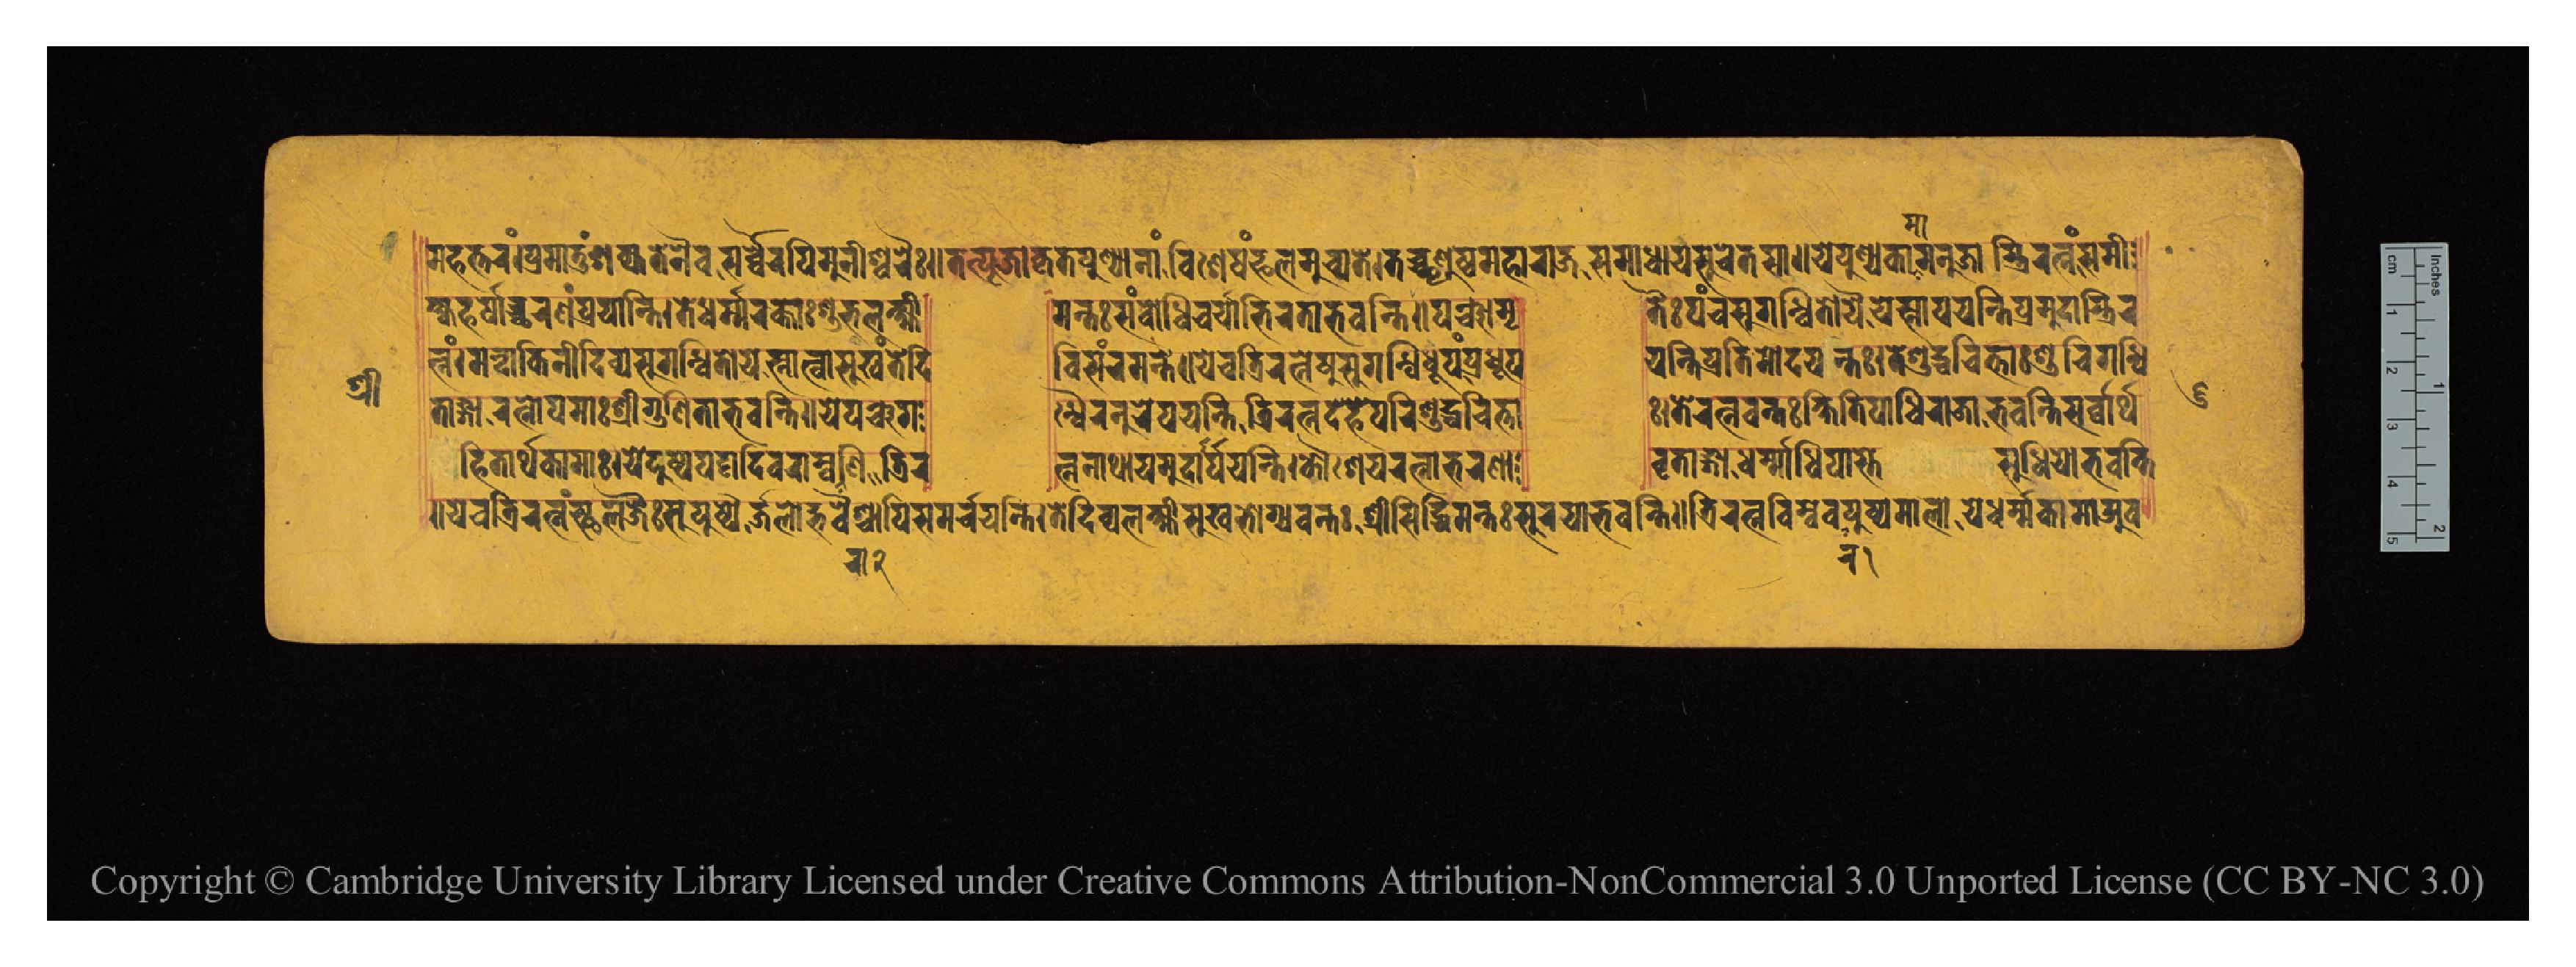
𑐱𑑂𑐬𑐷 𑐩𑐴𑐟𑑂𑐟𑐬𑑄𑑋𑐥𑑂𑐬𑐩𑐵𑐟𑐸𑑄𑐱𑐎𑑂𑐫𑐟𑐾𑐣𑐿𑐰𑐳𑐬𑑂𑐰𑑂𑐰𑐿𑐬𑐥𑐶𑐩𑐸𑐣𑐷𑐱𑑂𑐰𑐬𑐿𑑅𑑌𑐟𑐟𑑂𑐥𑐹𑐖𑐵𑐎𑐺𑐟𑐥𑐸𑐞𑑂𑐫𑐵𑐣𑐵𑑄𑐰𑐶𑐱𑐾𑐲𑑄𑐦𑐮𑐩𑐸𑐔𑑂𑐫𑐟𑐾𑑋𑐟𑐔𑑂𑐕𑐺𑐞𑐸𑐲𑑂𑐰𑐩𑐴𑐵𑐬𑐵𑐖𑐳𑐩𑐵𑐢𑐵𑐫𑐳𑐸𑐔𑐾𑐟𑐳𑐵𑑌𑐫𑐾𑐥𑐸𑐞𑑂𑐫𑐎𑐵𑐩𑐣𑐸𑐖𑐵𑐫𑐶𑐬𑐟𑑂𑐣𑑄𑐳𑐩𑐷 𑐎𑑂𑐲𑑂𑐫𑐴𑐬𑑂𑐲𑐵𑐔𑑂𑐕𑐬𑐞𑑄𑐥𑑂𑐬𑐫𑐵𑐣𑑂𑐟𑐶𑑋𑐟𑐾𑐢𑐬𑑂𑐩𑑂𑐩𑐬𑐎𑑂𑐟𑐵𑑅𑐱𑐸𑐨𑐮𑐎𑑂𑐲𑑂𑐩𑐷 𑐩𑐣𑑂𑐟𑑅𑐳𑐩𑑂𑐧𑑀𑐢𑐶𑐔𑐬𑑂𑐫𑐵𑐨𑐶𑐬𑐟𑐵𑐨𑐰𑐣𑑂𑐟𑐶𑑌𑐥𑐘𑑂𑐔𑐵𑐩𑐺 𑐟𑐿𑑅𑐥𑐘𑑂𑐔𑐳𑐸𑐐𑐣𑑂𑐢𑐶𑐟𑑀𑐫𑐿𑐬𑑂𑐫𑐾𑐳𑑂𑐣𑐵𑐥𑐫𑐣𑑂𑐟𑐶𑐥𑑂𑐬𑐩𑐸𑐡𑐵𑐟𑑂𑐬𑐶𑐬 𑐟𑑂𑐣𑑄𑑋𑐩𑐣𑑂𑐡𑐵𑐎𑐶𑐣𑐷𑐡𑐶𑐰𑑂𑐫𑐳𑐸𑐐𑐣𑑂𑐢𑐶𑐟𑑀𑐫𑐾𑐳𑑂𑐣𑐵𑐟𑑂𑐰𑐵𑐳𑐸𑐏𑑄𑐟𑐾𑐡𑐶 𑐰𑐶𑐳𑑄𑐬𑐩𑐣𑑂𑐟𑐾𑑌𑐫𑐾𑐔𑐟𑑂𑐬𑐶𑐬𑐟𑑂𑐣𑐾𑐲𑐸𑐳𑐸𑐐𑐣𑑂𑐢𑐶𑐢𑐹𑐥𑑄𑐥𑑂𑐬𑐢𑐸𑐥 𑐫𑐣𑑂𑐟𑐶𑐥𑑂𑐬𑐟𑐶𑐩𑑀𑐡𑐫𑐣𑑂𑐟𑑅𑑋𑐟𑐾𑐱𑐸𑐡𑑂𑐢𑐔𑐶𑐟𑐵𑑅𑐱𑐸𑐔𑐶𑐐𑐣𑑂𑐢𑐶 𑐟𑐵𑑄𑐐𑐵𑐬𑐟𑑂𑐣𑑀𑐥𑐩𑐵𑑅𑐱𑑂𑐬𑐷𑐃𑐐𑐸𑐞𑐶𑐟𑐵𑐨𑐰𑐣𑑂𑐟𑐶𑑌𑐫𑐾𑐥𑐘𑑂𑐔𑐐 𑐣𑑂𑐢𑐿𑐬𑐣𑐸𑐥𑐫𑐣𑑂𑐟𑐶𑐟𑑂𑐬𑐶𑐬𑐟𑑂𑐣𑐡𑐾𑐴𑐾𑐥𑐬𑐶𑐱𑐸𑐡𑑂𑐢𑐔𑐶𑐟𑑂𑐟𑐵 𑑅𑑋𑐟𑐾𑐬𑐟𑑂𑐣𑐰𑐣𑑂𑐟𑑅𑐎𑑂𑐲𑐶𑐟𑐶𑐥𑐵𑐢𑐶𑐬𑐵𑐖𑐵𑐨𑐰𑐣𑑂𑐟𑐶𑐳𑐬𑑂𑐰𑐵𑐬𑑂𑐠 𑑌𑐫𑐾𑐔𑐟𑑂𑐬𑐶𑐬𑐟𑑂𑐣𑐩𑑂𑐳𑑂𑐠𑐮𑐖𑐿𑑅𑐳𑐸𑐥𑐸𑐲𑑂𑐥𑐿𑐬𑑂𑐖𑐮𑑀𑐡𑑂𑐨𑐰𑐿𑐱𑑂𑐔𑐵𑐥𑐶𑐳𑐩𑐬𑑂𑐔𑐫𑐣𑑂𑐟𑐶𑑋𑐟𑐾𑐡𑐶𑐰𑑂𑐫𑐮𑐎𑑂𑐲𑑂𑐩𑐷𑐳𑐸𑐏𑐨𑑀𑐐𑑂𑐫𑐰𑐣𑑂𑐟𑑅𑐱𑑂𑐬𑐷𑐳𑐶𑐡𑑂𑐢𑐶𑐩𑐣𑑂𑐟𑑅𑐳𑐸𑐨𑐐𑐵𑐨𑐰𑐣𑑂𑐟𑐶𑑌𑐟𑑂𑐬𑐶𑐬𑐟𑑂𑐣𑐧𑐶𑐩𑑂𑐧𑐰𑐥𑐸𑐲𑑂𑐥𑐩𑐵𑐮𑐵𑐫𑐾𑐢𑐬𑑂𑐩𑑂𑐩𑐎𑐵𑐩𑐵𑐀𑐰 𑐴𑐶𑐟𑐵𑐬𑑂𑐠𑐎𑐵𑐩𑐵𑑅𑑋𑐫𑐾𑐡𑐹𑐲𑑂𑐫𑐥𑐚𑑂𑐚𑐵𑐡𑐶𑐰𑐬𑐵𑐩𑑂𑐧𑐬𑐵𑐞𑐶𑐟𑑂𑐬𑐶𑐬 𑐟𑑂𑐣𑐣𑐠𑐵𑐫𑐩𑐸𑐡𑐵𑐬𑑂𑐥𑐫𑐣𑑂𑐟𑐶𑑋𑐎𑑁𑐱𑐾𑐫𑐬𑐟𑑂𑐣𑐵𑐨𑐬𑐞𑐵 𑐰𑐺𑐟𑐵𑑄𑐐𑐵𑐢𑐬𑑂𑐩𑐵𑐢𑐶𑐥𑐵𑐳𑑂𑐟𑐾𑐳𑐸𑐢𑐶𑐫𑑀𑐨𑐰𑐣𑑂𑐟𑐶 𑑖